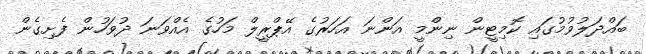
ބައްދަލުވުމުގައި ކޮމިޓީން ނިންމީ އަންނަ އަހަރުގެ އޭޕްރީލް މަހުގެ އެއްވަނަ ދުވަހުން ފެށިގެން